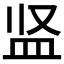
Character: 𪾋